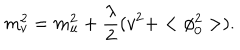
m _ { v } ^ { 2 } = m _ { u } ^ { 2 } + \frac { \lambda } { 2 } ( v ^ { 2 } + < \phi _ { 0 } ^ { 2 } > ) .